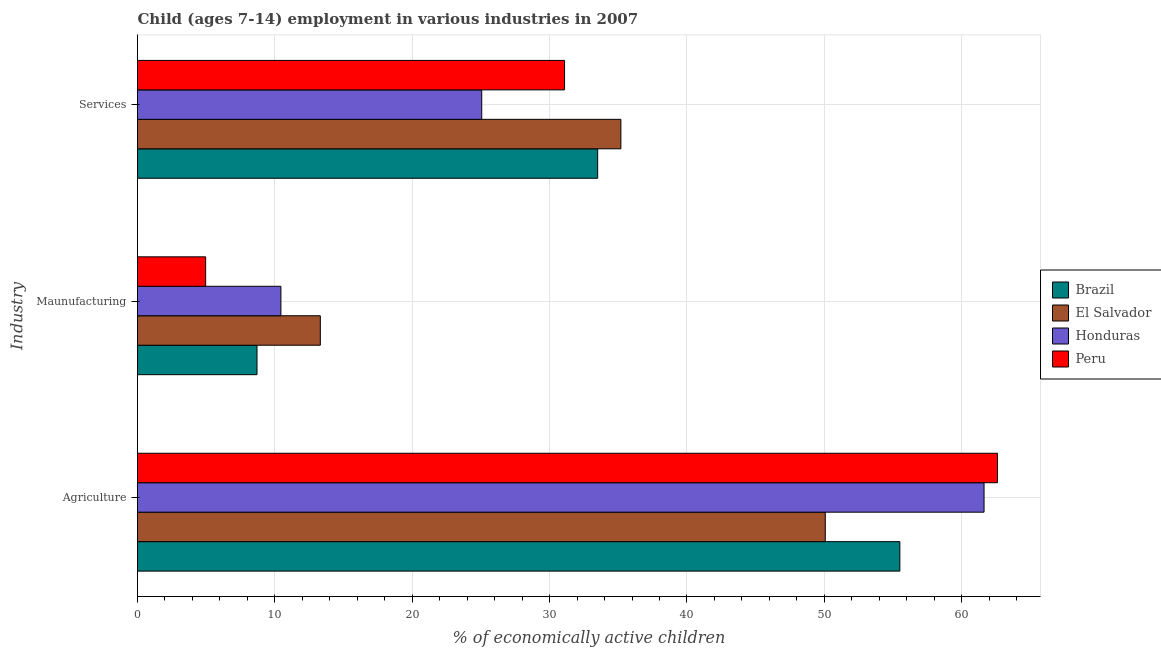
| Industry | Brazil | El Salvador | Honduras | Peru |
 | --- | --- | --- | --- | --- |
 | Agriculture | 55.5 | 50.1 | 61.6 | 62.6 |
 | Maunufacturing | 8.7 | 13.3 | 10.4 | 4.96 |
 | Services | 33.5 | 35.2 | 25.1 | 31.1 |